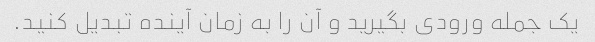
یک جمله ورودی بگیرید و آن را به زمان آینده تبدیل کنید.